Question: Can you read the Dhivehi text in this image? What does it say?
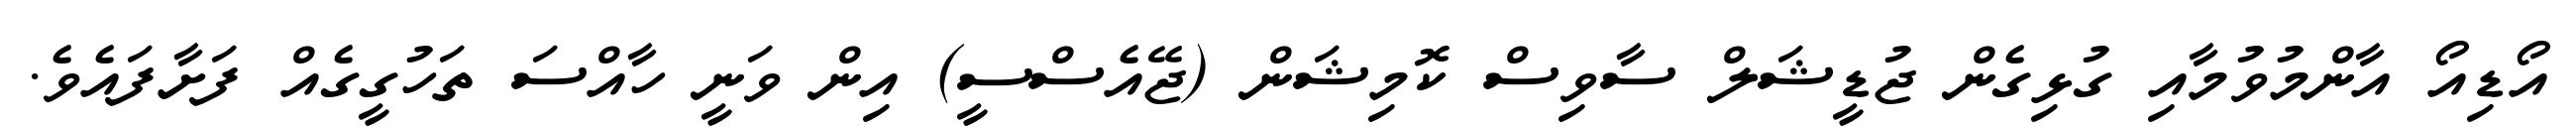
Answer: އޯޑިއޯ އާންމުވުމާއި ގުޅިގެން ޖުޑީޝަލް ސާވިސް ކޮމިޝަން (ޖޭއެސްސީ) އިން ވަނީ ހާއްސަ ތަހުގީގެއް ފަށާފައެވެ.